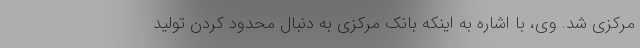
مرکزی شد. وی، با اشاره به اینکه بانک مرکزی به دنبال محدود کردن تولید